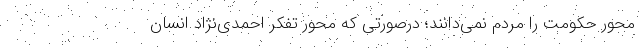
محور حکومت را مردم نمی‌دانند؛ درصورتی که محور تفکر احمدی‌نژاد انسان